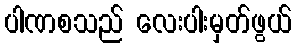
ပါဏစသည် လေးပါးမှတ်ဖွယ်